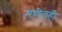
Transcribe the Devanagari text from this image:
मधीलही